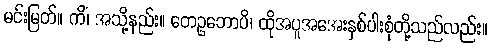
မင်းမြတ်။ ကိံ၊ အသို့နည်း။ တေဥဘောပိ၊ ထိုအပူအအေးနှစ်ပါးစုံတို့သည်လည်း။